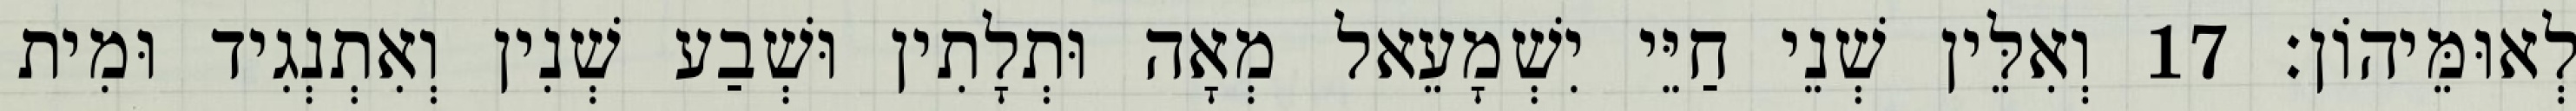
לְאוּמֵּיהוֹן׃ 17 וְאִלֵּין שְׁנֵי חַיֵּי יִשְׁמָעֵאל מְאָה וּתְלָתִין וּשְׁבַע שְׁנִין וְאִתְנְגִיד וּמִית